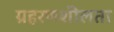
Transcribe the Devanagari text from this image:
ग्रहरणशीलता